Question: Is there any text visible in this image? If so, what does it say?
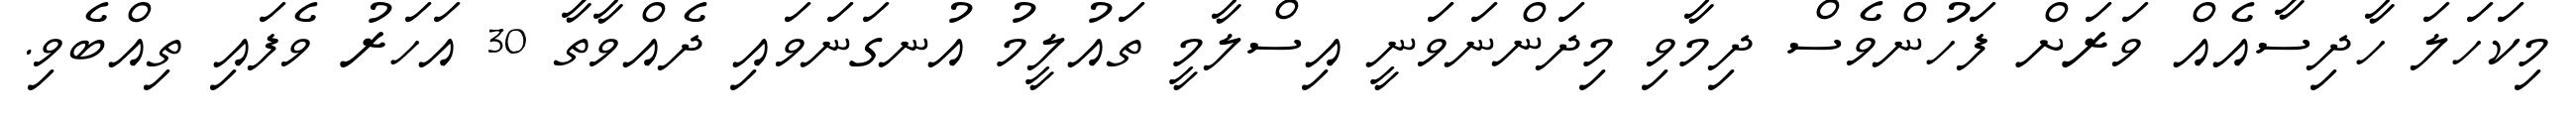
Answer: މިކަހަލަ ހާދިސާއެއް ވަރަށް ފަހުންވެސް ދިމާވި މިދަންނަވަނީ އިސްލާމީ ތައުލީމު އުނގަނަވައި ދެއްވާތާ 30 އަހަރު ވެފައި ތިއްބެވި.